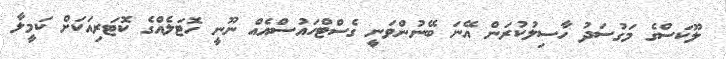
ލޫކަސްގެ މަގުސަދު ހާސިލުކުރަން އޭނަ ބޭނުންވަނީ ގެސްޓްހައުސްއެއް ނޫނީ ހޮޓަލެއްގެ ކޮޓަރިއަކަށް ކަމީލާ